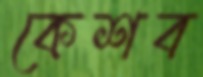
কেশব